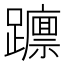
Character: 𮜥